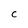
Character: C